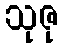
သုဇု